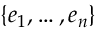
\{ e _ { 1 } , \ldots , e _ { n } \}